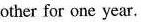
other for one year.